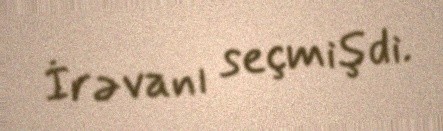
İrəvanı seçmişdi.